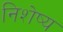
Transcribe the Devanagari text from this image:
निशेष्य